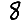
Digit: 8